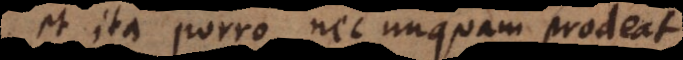
et ita porro, nec unquam prodeat